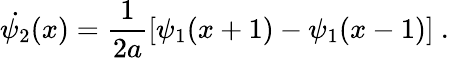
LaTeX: \dot{\psi_{2}}(x)=\frac{1}{2a}[\psi_{1}(x+1)-\psi_{1}(x-1)]\ .